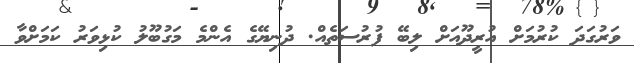
ވަރުގަދަ ކުރުމަށް އުރީދޫއަށް ލިބޭ ފުރުސަތެއް. ދުނިޔޭގެ އެންމެ މަގުބޫލު ކުޅިވަރު ކަމަށްވާ